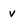
Character: V